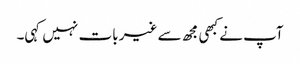
آپ نے کبھی مجھ سے غیر بات نہیں کہی۔